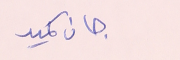
جان كميد